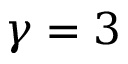
\gamma = 3